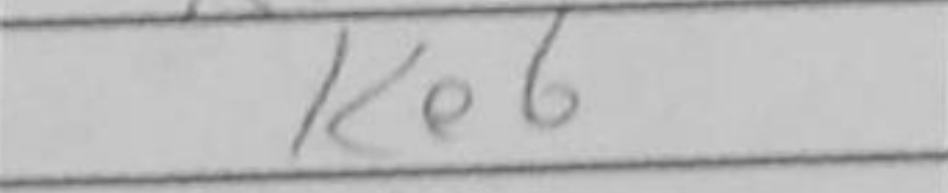
Transcription: Ke6